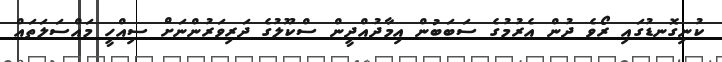
ކުނިގޮނޑުގައި ރޯވެ ދުން އެރުމުގެ ސަބަބުން އިމާދުއްދީން ސްކޫލުގެ ދަރިވަރުންނަށް ސިއްހީ މައްސަލަތައް